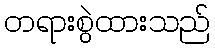
တရားစွဲထားသည်